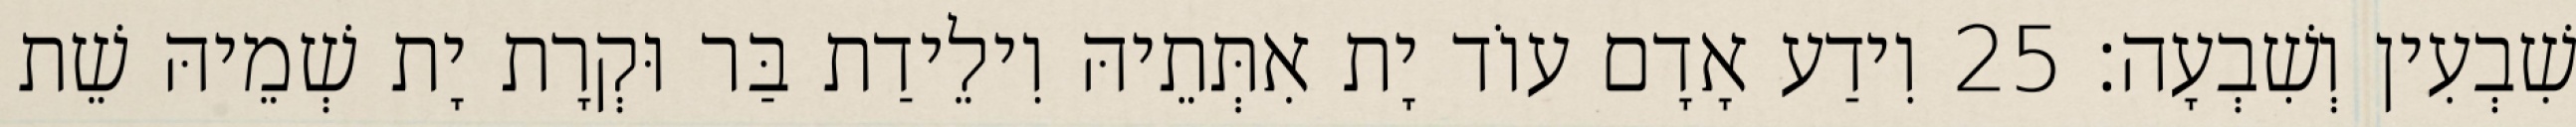
שִׁבְעִין וְשִׁבְעָה׃ 25 וִידַע אָדָם עוֹד יָת אִתְּתֵיהּ וִילֵידַת בַּר וּקְרָת יָת שְׁמֵיהּ שֵׁת